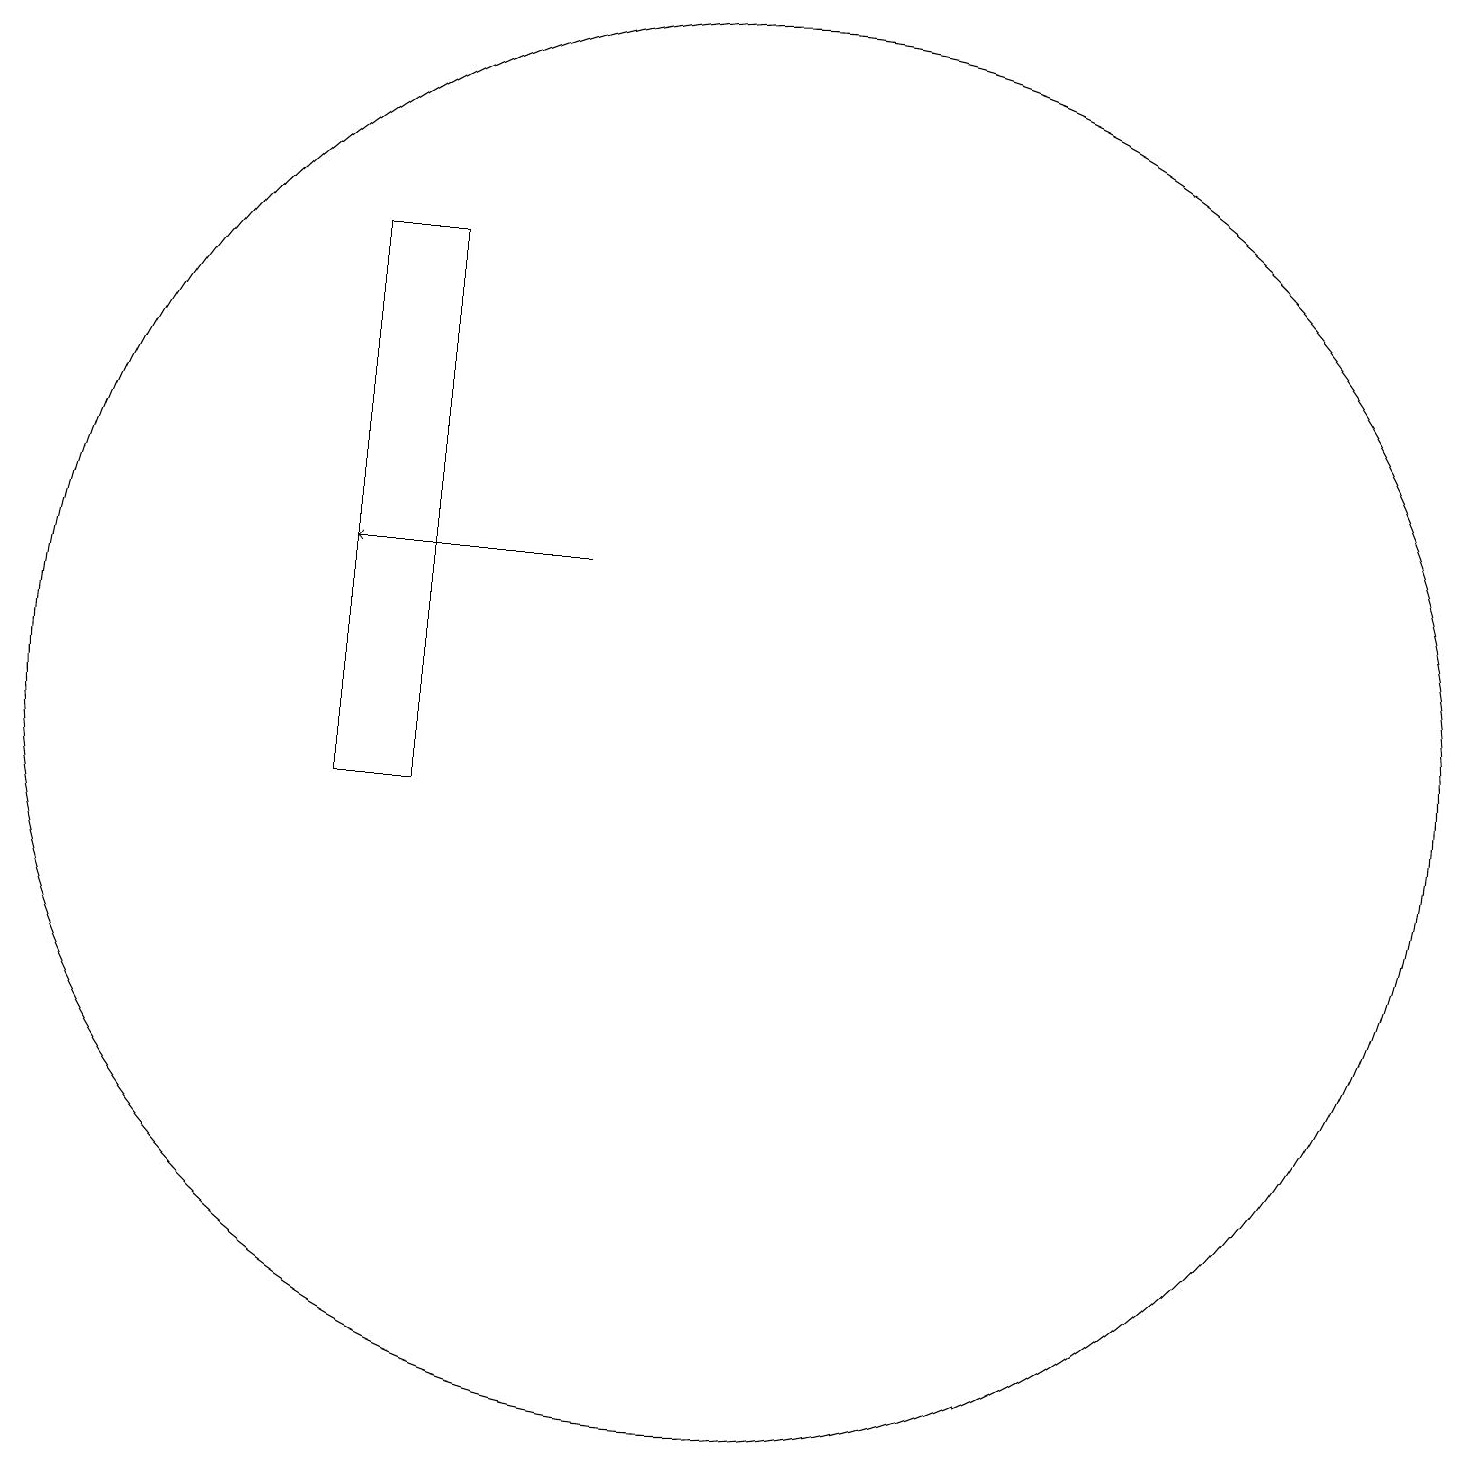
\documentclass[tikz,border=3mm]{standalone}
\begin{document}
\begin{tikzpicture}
\draw (11,10) circle (0);
\draw[->] (9,14) -- (6,14);
\draw (11,12) circle (9);
\draw (6,18) rectangle (7,11);
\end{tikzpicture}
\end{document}